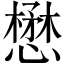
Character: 懋